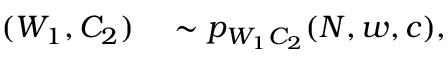
\begin{array} { r l } { ( W _ { 1 } , C _ { 2 } ) } & { { } \sim p _ { W _ { 1 } C _ { 2 } } ( N , w , c ) , } \end{array}